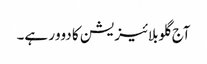
آج گلوبلائیزیشن کا دوور ہے۔